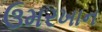
ઉમરખાન